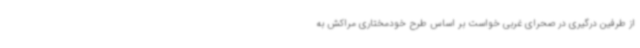
از طرفین درگیری در صحرای غربی خواست بر اساس طرح خودمختاری مراکش به